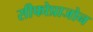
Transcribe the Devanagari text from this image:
सीफोप्राजोन